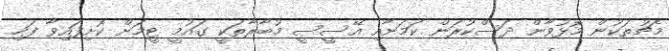
މެޗުތަކުން މޮޅުވާން ދަސްކުރަން ކަމަށާއި އޭސީސީ މުބާރާތަކީ ގައުމީ ޓީމަށް ކޮށިފައިވާ ފަހި